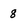
Character: 8